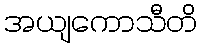
အယျကောသီတိ